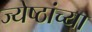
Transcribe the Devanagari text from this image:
ज्येष्ठांच्या